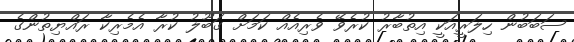
ސަބަބުން ހިލަރީއަކީ އިތުބާރު ކުރެވޭ ވެރިއެއް ކަމަށް ގަބޫލު ކުރާ އެމެރިކާ ރައްޔިތުންގެ